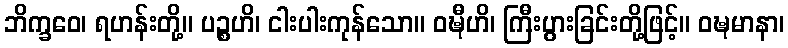
ဘိက္ခဝေ၊ ရဟန်းတို့။ ပဉ္စဟိ၊ ငါးပါးကုန်သော။ ဝဍ္ဎီဟိ၊ ကြီးပွားခြင်းတို့ဖြင့်။ ဝဍ္ဎမာနာ၊